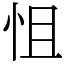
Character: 怚